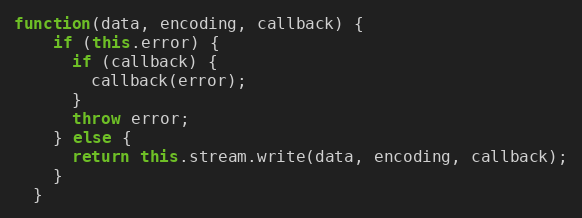
Language: JavaScript
function(data, encoding, callback) {
    if (this.error) {
      if (callback) {
        callback(error);
      }
      throw error;
    } else {
      return this.stream.write(data, encoding, callback);
    }
  }